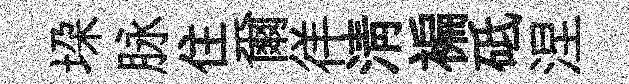
垜脉住爾徉淸褊砥涅